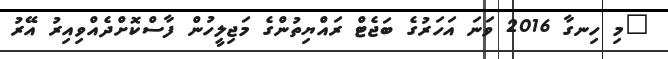
"މި ހިނގާ 2016 ވަނަ އަހަރުގެ ބަޖެޓް ރައްޔިތުންގެ މަޖިލީހުން ފާސްކޮށްދެއްވިއިރު އޭރު